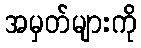
အမှတ်များကို